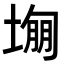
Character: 𡎾